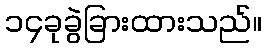
၁၄ခုခွဲခြားထားသည်။